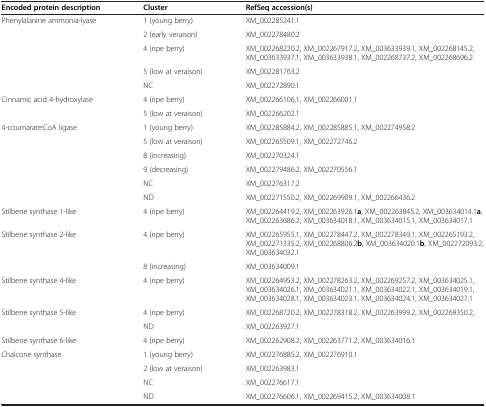
<table><thead><tr><td><b>Encoded protein description</b></td><td><b>Cluster</b></td><td><b>RefSeq accession(s)</b></td></tr></thead><tbody><tr><td>Phenylalanine ammonia-lyase</td><td>1 (young berry)</td><td>XM_002285241.1</td></tr><tr><td> </td><td>2 (early veraison)</td><td>XM_002278480.2</td></tr><tr><td> </td><td>4 (ripe berry)</td><td>XM_002268220.2, XM_002267917.2, XM_003633939.1, XM_002268145.2, XM_003633937.1, XM_003633938.1, XM_002268737.2, XM_002268696.2</td></tr><tr><td> </td><td>5 (low at veraison)</td><td>XM_002281763.2</td></tr><tr><td> </td><td>NC</td><td>XM_002272890.1</td></tr><tr><td>Cinnamic acid 4-hydroxylase</td><td>4 (ripe berry)</td><td>XM_002266106.1, XM_002266001.1</td></tr><tr><td> </td><td>5 (low at veraison)</td><td>XM_002266202.1</td></tr><tr><td>4-coumarate:CoA ligase</td><td>1 (young berry)</td><td>XM_002285884.2, XM_002285885.1, XM_002274958.2</td></tr><tr><td> </td><td>5 (low at veraison)</td><td>XM_002265509.1, XM_002272746.2</td></tr><tr><td> </td><td>8 (increasing)</td><td>XM_002270324.1</td></tr><tr><td> </td><td>9 (decreasing)</td><td>XM_002279486.2, XM_002270556.1</td></tr><tr><td> </td><td>NC</td><td>XM_002276317.2</td></tr><tr><td> </td><td>ND</td><td>XM_002271550.2, XM_002269909.1, XM_002266436.2</td></tr><tr><td>Stilbene synthase 1-like</td><td>4 (ripe berry)</td><td>XM_002264419.2, XM_002263926.1<b>a</b>, XM_002263845.2, XM_003634014.1<b>a</b>, XM_002263686.2, XM_003634018.1, XM_003634015.1, XM_003634017.1</td></tr><tr><td>Stilbene synthase 2-like</td><td>4 (ripe berry)</td><td>XM_002265955.1, XM_002278447.2, XM_002278349.1, XM_002265193.2, XM_002271335.2, XM_002268806.2<b>b</b>, XM_003634020.1<b>b</b>, XM_002272093.2, XM_003634032.1</td></tr><tr><td> </td><td>8 (increasing)</td><td>XM_003634009.1</td></tr><tr><td>Stilbene synthase 4-like</td><td>4 (ripe berry)</td><td>XM_002264953.2, XM_002278263.2, XM_002269257.2, XM_003634025.1, XM_003634026.1, XM_003634021.1, XM_003634022.1, XM_003634019.1, XM_003634028.1, XM_003634023.1, XM_003634024.1, XM_003634027.1</td></tr><tr><td>Stilbene synthase 5-like</td><td>4 (ripe berry)</td><td>XM_002268720.2, XM_002278318.2, XM_002263999.2, XM_002269350.2,</td></tr><tr><td> </td><td>ND</td><td>XM_002263927.1</td></tr><tr><td>Stilbene synthase 6-like</td><td>4 (ripe berry)</td><td>XM_002262908.2, XM_002263771.2, XM_003634016.1</td></tr><tr><td>Chalcone synthase</td><td>1 (young berry)</td><td>XM_002276885.2, XM_002276910.1</td></tr><tr><td> </td><td>2 (low at veraison)</td><td>XM_002263983.1</td></tr><tr><td> </td><td>NC</td><td>XM_002276617.1</td></tr><tr><td> </td><td>ND</td><td>XM_002276606.1, XM_002269415.2, XM_003634008.1</td></tr></tbody></table>